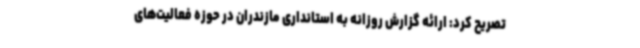
تصریح کرد: ارائه گزارش روزانه به استانداری مازندران در حوزه فعالیت‌های